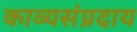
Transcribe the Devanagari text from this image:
काव्यसंप्रदाय